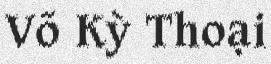
Võ Kỳ Thoại